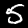
Digit: 5